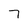
Character: 7